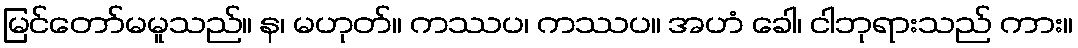
မြင်တော်မမူသည်။ န၊ မဟုတ်။ ကဿပ၊ ကဿပ။ အဟံ ခေါ၊ ငါဘုရားသည် ကား။